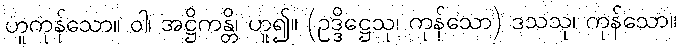
ဟူကုန်သော။ ဝါ၊ အဋ္ဌိကန္တိ၊ ဟူ၍။ (ဥဒ္ဒိဋ္ဌေသု၊ ကုန်သော) ဒသသု၊ ကုန်သော။